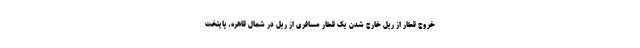
خروج قطار از ریل خارج شدن یک قطار مسافری از ریل در شمال قاهره، پایتخت